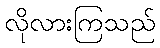
လိုလားကြသည်